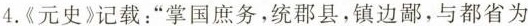
4.《元史》记载：”掌国庶务，统郡县，镇边鄙，与都省为